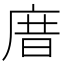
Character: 庴